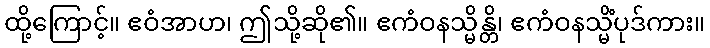
ထို့ကြောင့်။ ဧဝံအာဟ၊ ဤသို့ဆို၏။ ဧကံဝနသ္မိန္တိ၊ ဧကံဝနသ္မိံပုဒ်ကား။